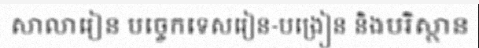
សាលារៀន បច្ចេកទេសរៀន-បង្រៀន និងបរិស្ថាន